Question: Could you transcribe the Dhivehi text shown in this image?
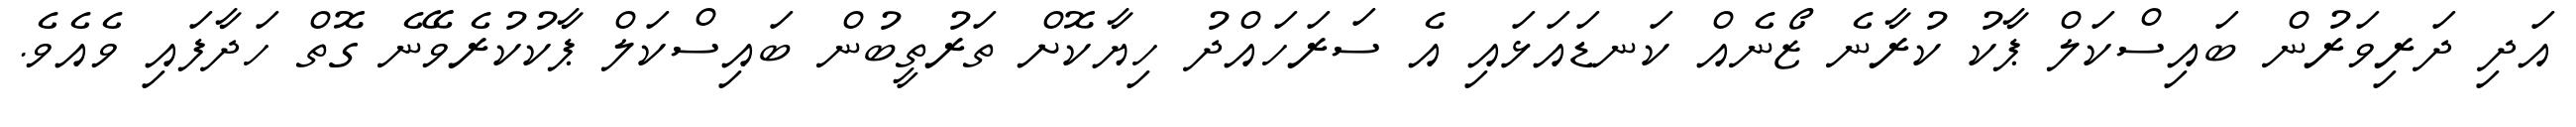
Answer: އަދި ދަރިވަރުން ބައިސްކަލް ޕާކު ކުރާނެ ޒޯނެއް ކަނޑައަޅައި އެ ސަރަހައްދު ހިޔާކޮށް ތަރުތީބުން ބައިސްކަލް ޕާކުކުރެވޭނެ ގޮތް ހަދާފައި ވެއެވެ.